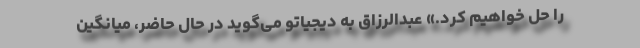
را حل خواهیم کرد.» عبدالرزاق به دیجیاتو می‌گوید در حال حاضر، میانگین